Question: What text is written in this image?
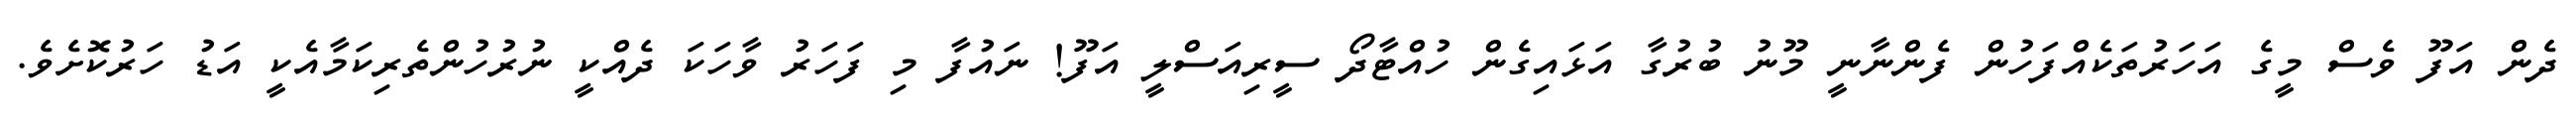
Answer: ދެން އަފޫ ވެސް މީގެ އަހަރުތަކެއްފަހުން ފެންނާނީ މޫނު ބުރުގާ އަޅައިގެން ހުއްޓާދޯ ސީރިއަސްލީ އަފޫ! ނައުފާ މި ފަހަރު ވާހަކަ ދެއްކީ ނުރުހުންތެރިކަމާއެކީ އަޑު ހަރުކޮށެވެ.